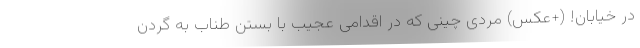
در خیابان! (+عکس) مردی چینی که در اقدامی عجیب با بستن طناب به گردن